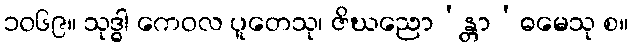
၁၀၆၉။ သုဒ္ဓါ ကေဝလ ပူတေသု၊ ဇိဃညော’န္တာ’ဓမေသု စ။